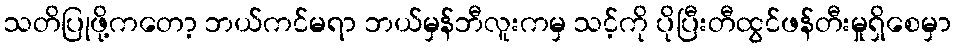
သတိပြုဖို့ကတော့ ဘယ်ကင်မရာ ဘယ်မှန်ဘီလူးကမှ သင့်ကို ပိုပြီးတီထွင်ဖန်တီးမှုရှိစေမှာ